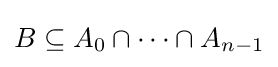
B\subseteq A_{0}\cap \dots \cap A_{n-1}